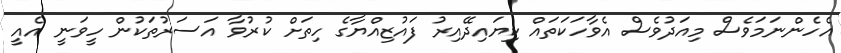
އެހެންނަމަވެސް މިއަދުވެސް އެވާހަކަތައް ކިޔައިދޭއިރު ފައުޒިއްޔާގެ ހިތަށް ކުރުވާ އަސަރުތަކުން ހީވަނީ އެއީ